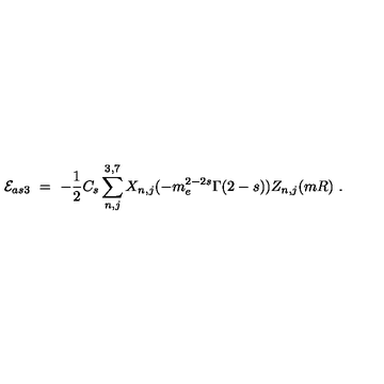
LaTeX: { \cal E } _ { a s 3 } \ = \ - \frac 1 2 C _ { s } \sum _ { n , j } ^ { 3 , 7 } X _ { n , j } ( - m _ { e } ^ { 2 - 2 s } \Gamma ( 2 - s ) ) Z _ { n , j } ( m R ) \ .